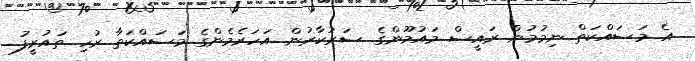
އެ މަސައްކަތް ނިމުމުން ރައީސް މައުމޫންގެ ސަރުކާރުން އަހަރެމެންގެ މަސައްކަތާ ރުހި ތައުރީފު